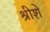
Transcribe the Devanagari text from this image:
श्रीशे